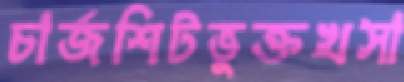
চার্জশিটভুক্তখসা